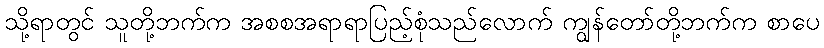
သို့ရာတွင် သူတို့ဘက်က အစစအရာရာပြည့်စုံသည်လောက် ကျွန်တော်တို့ဘက်က စာပေ